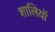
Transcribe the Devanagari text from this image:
शालियों